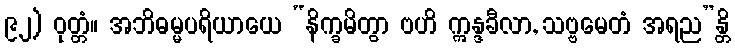
၉၂) ဝုတ္တံ။ အဘိဓမ္မပရိယာယေ “နိက္ခမိတွာ ဗဟိ ဣန္ဒခီလာ, သဗ္ဗမေတံ အရည”န္တိ